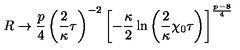
R \rightarrow \frac { p } { 4 } \left( \frac { 2 } { \kappa } \tau \right) ^ { - 2 } \left[ - \frac { \kappa } { 2 } \ln \left( \frac { 2 } { \kappa } \chi _ { 0 } \tau \right) \right] ^ { \frac { p - 8 } { 4 } }